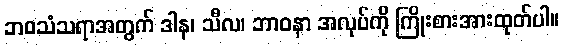
ဘဝသံသရာအတွက် ဒါန၊ သီလ၊ ဘာဝနာ အလုပ်ကို ကြိုးစားအားထုတ်ပါ။